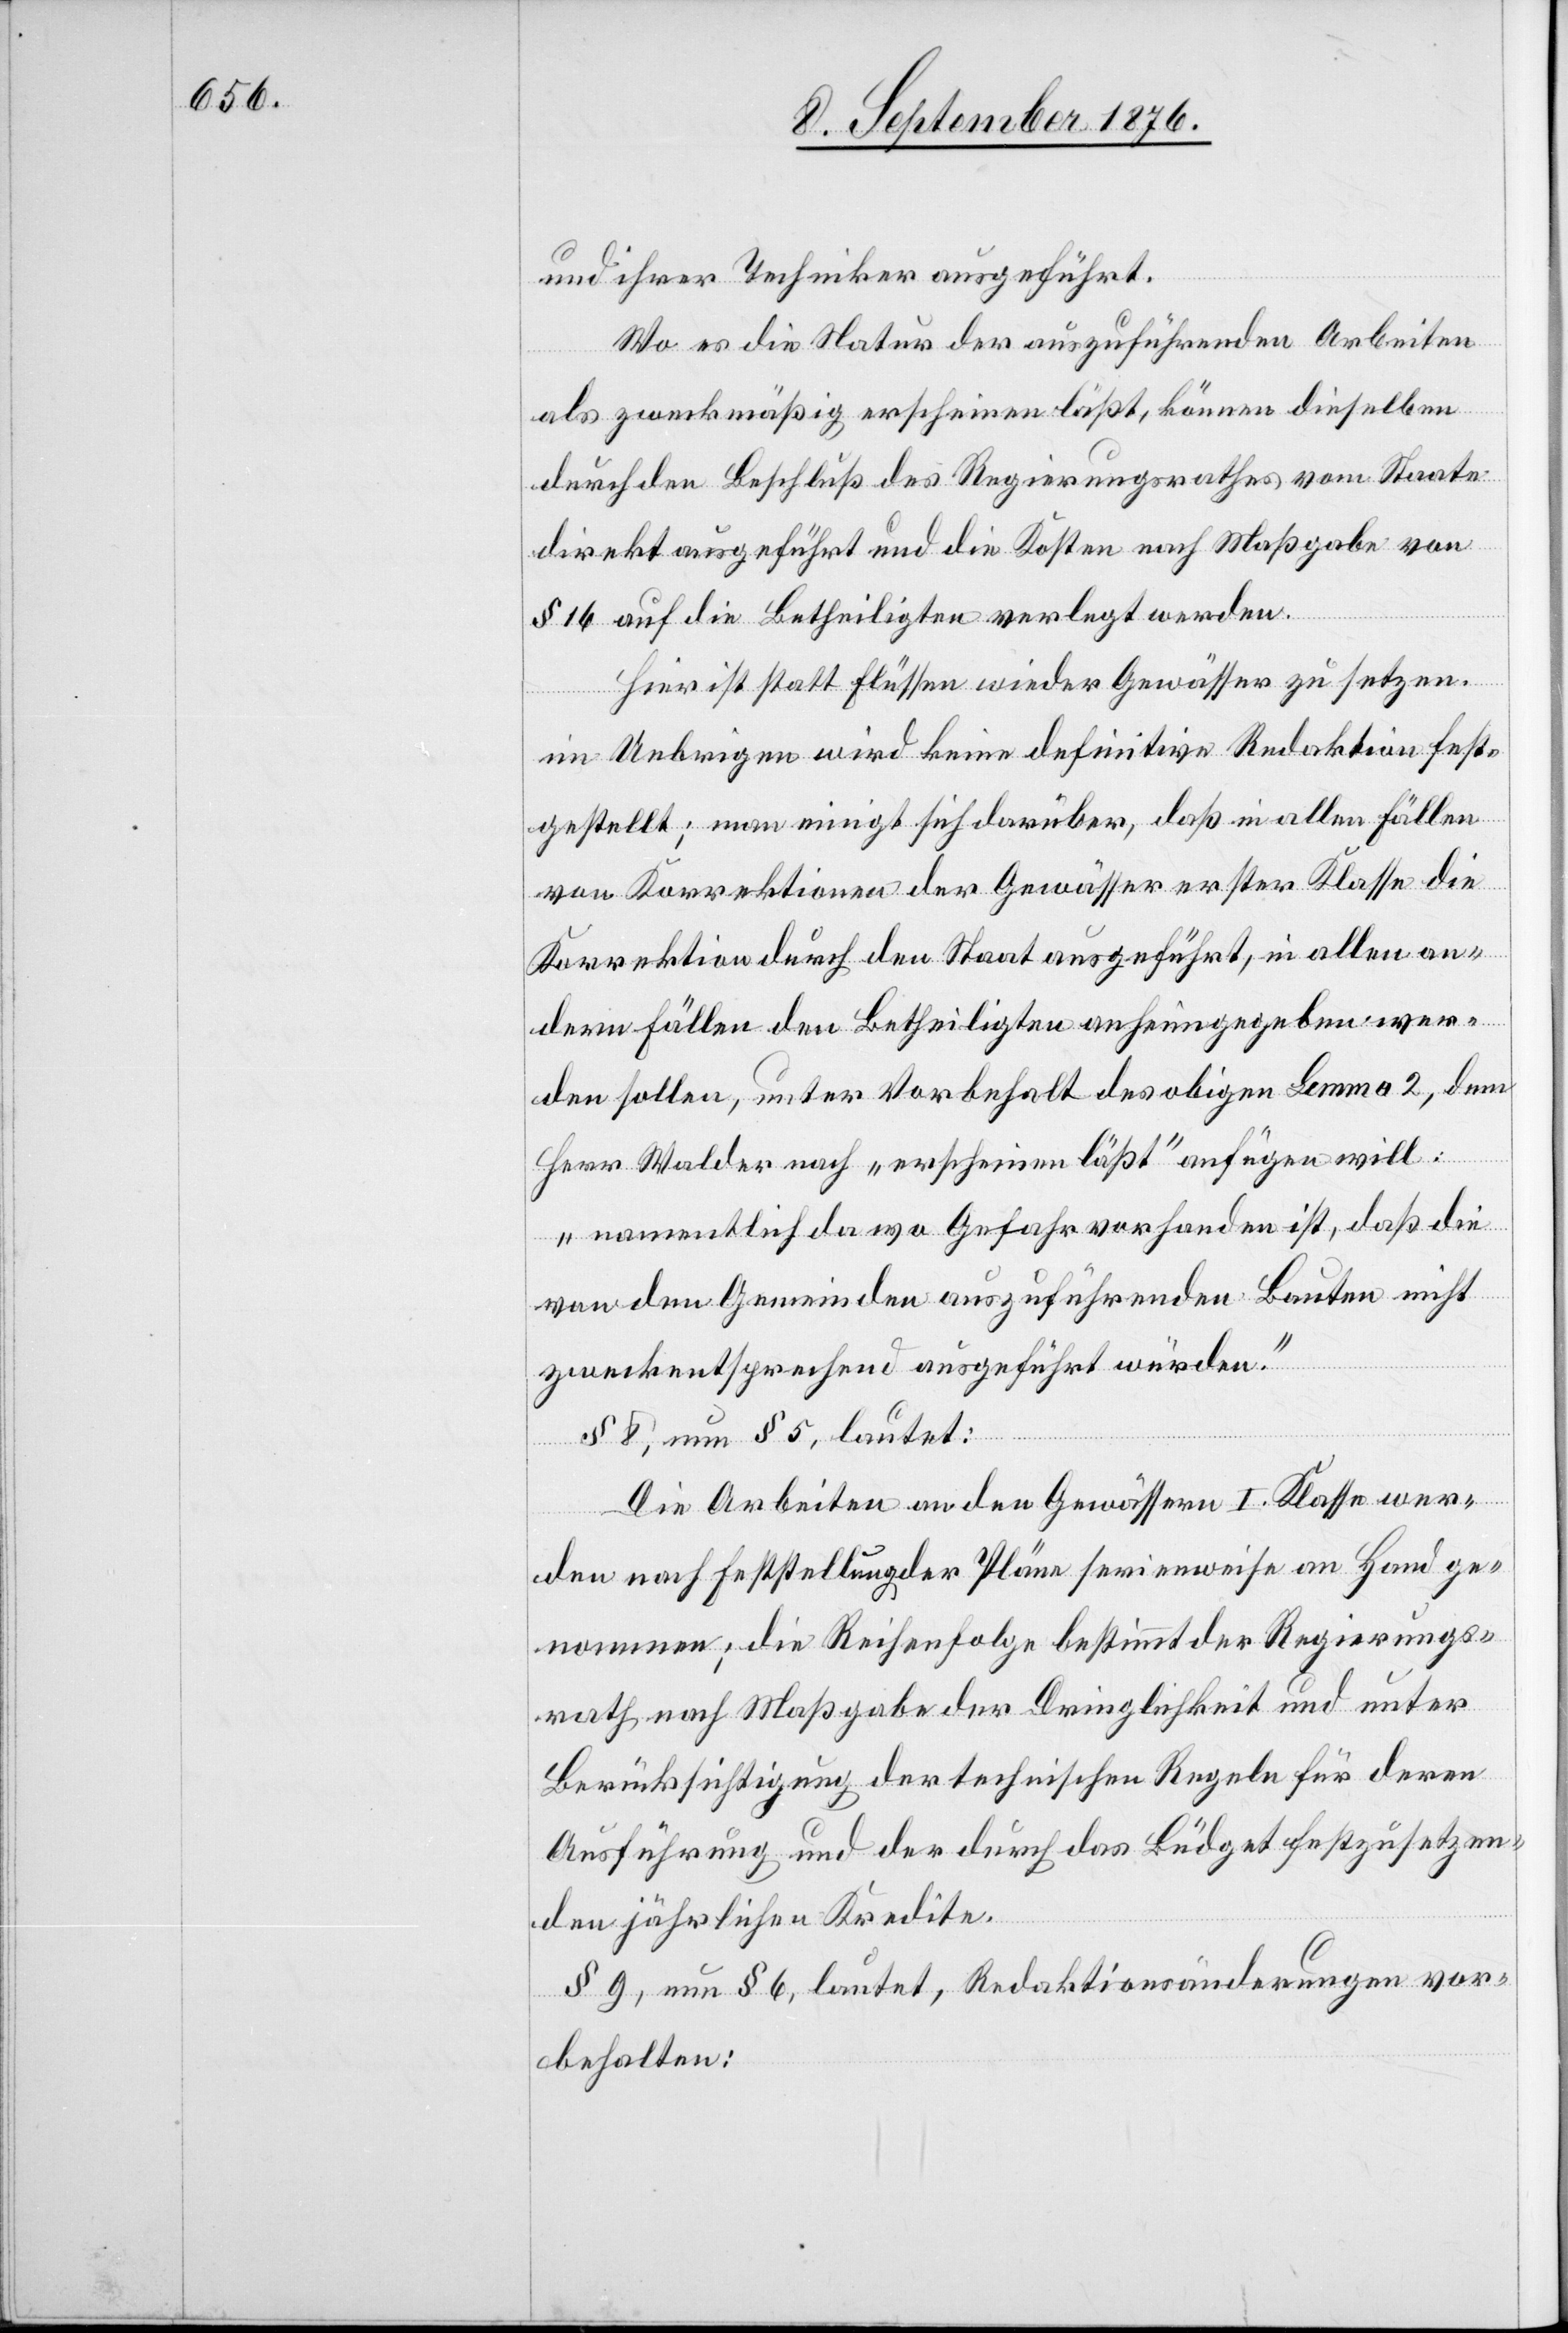
und ihrer Techniker ausgeführt.
Wo es die Natur der auszuführenden Arbeiten
als zweckmäßig erscheinen läßt, können dieselben
durch den Beschluß des Regierungsrathes vom Staate
direkt ausgeführt und die Kosten nach Maßgabe von
§ 16 auf die Betheiligten verlegt werden.
Hier ist statt Flüssen wieder Gewässer zu setzen,
im Uebrigen wird keine definitive Redaktion fest¬
gestellt; man einigt sich darüber, daß in allen Fällen
von Korrektionen der Gewässer erster Klasse die
Korrektion durch den Staat ausgeführt, in allen an¬
dern Fällen den Betheiligten anheimgegeben wer¬
den sollen, unter Vorbehalt des obigen Lemma 2, dem
Herr Walder nach „erschienen läßt“ anfügen will:
„namentlich da wo Gefahr vorhanden ist, daß die
von den Gemeinden auszuführenden Bauten nicht
zweckentsprechend ausgeführt würden.“
§ 8, neu § 5, lautet:
Die Arbeiten an den Gewässern I. Klasse wer¬
den nach Feststellung der Pläne serienweise an Hand ge¬
nommen; die Reihenfolge bestimmt der Regierungs¬
rath nach Maßgabe der Dringlichkeit und unter
Berücksichtigung der technischen Regeln für deren
Ausführung und der durch das Büdget festzusetzen¬
den jährlichen Kredite.
§ 9, neu § 6, lautet, Redaktionsänderungen vor¬
behalten: